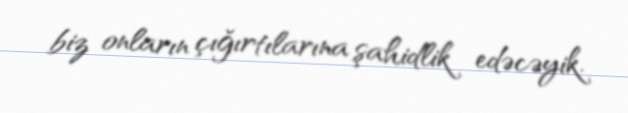
biz onların çığırtılarına şahidlik edəcəyik.